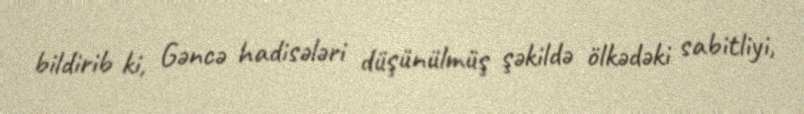
bildirib ki, Gəncə hadisələri düşünülmüş şəkildə ölkədəki sabitliyi,